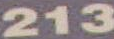
213